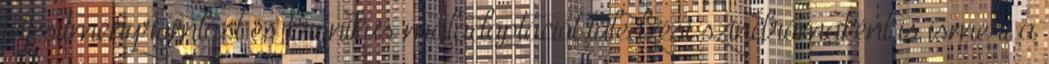
teljesítményromlást és krónikus maladaptációt túledzési szindrómaként is ismeri a